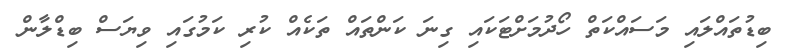
ބިޑުތައްލައި މަސައްކަތް ހޯދުމަށްޓަކައި ގިނަ ކަންތައް ތަކެއް ކުރި ކަމުގައި ވިޔަސް ބިޑްލާން